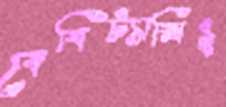
বেবিট্যাক্সিই